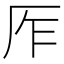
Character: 厏